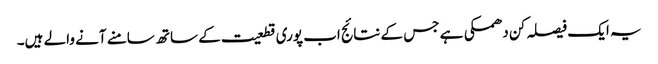
یہ ایک فیصلہ کن دھمکی ہے جس کے نتائج اب پوری قطعیت کے ساتھ سامنے آنے والے ہیں۔